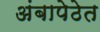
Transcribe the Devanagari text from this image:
अंबापेठेत